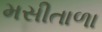
મસીતાળા